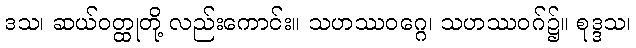
ဒသ၊ ဆယ်ဝတ္ထုတို့ လည်းကောင်း။ သဟဿဝဂ္ဂေ၊ သဟဿဝဂ်၌။ စုဒ္ဒသ၊